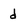
Character: d